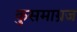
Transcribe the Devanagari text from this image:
कुसमाग्रज